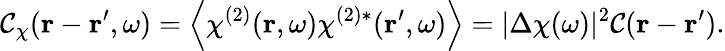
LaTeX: \mathcal{C}_{\chi}(\boldsymbol{\mathbf{{r}}}-\boldsymbol{\mathbf{{r}}}^{\prime},\omega)=\left\langle\chi^{(2)}(\boldsymbol{\mathbf{{r}}},\omega)\chi^{(2)*}(\boldsymbol{\mathbf{{r}}}^{\prime},\omega)\right\rangle=|\Delta\chi(\omega)|^{2}\mathcal{C}(\boldsymbol{\mathbf{{r}}}-\boldsymbol{\mathbf{{r}}}^{\prime}).